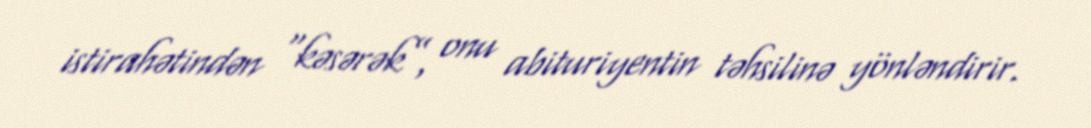
istirahətindən “kəsərək”, onu abituriyentin təhsilinə yönləndirir.